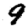
Digit: 9